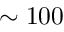
\sim 1 0 0